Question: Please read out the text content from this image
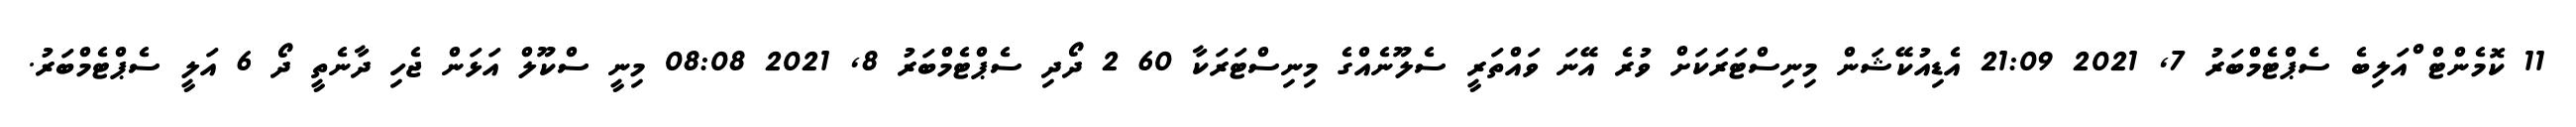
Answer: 11 ކޮމެންޓް ްއަލިބެ ސެޕްޓެމްބަރު 7, 2021 21:09 އެޑިއުކޭޝަން މިނިސްޓަރަކަށް ވުރެ އޭނަ ވައްތަރީ ސެލޫނެއްގެ މިނިސްޓަރަކާ 60 2 ދޯދި ސެޕްޓެމްބަރު 8, 2021 08:08 މިނީ ސްކޫލް އަޅަން ޖެހި ދާނެތީ ދޯ 6 އަލީ ސެޕްޓެމްބަރު.